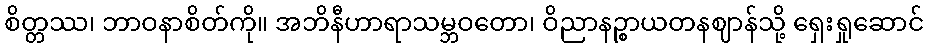
စိတ္တဿ၊ ဘာဝနာစိတ်ကို။ အဘိနီဟာရာသမ္ဘဝတော၊ ဝိညာနဉ္စာယတနဈာန်သို့ ရှေးရှုဆောင်